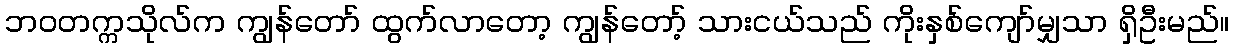
ဘဝတက္ကသိုလ်က ကျွန်တော် ထွက်လာတော့ ကျွန်တော့် သားငယ်သည် ကိုးနှစ်ကျော်မျှသာ ရှိဦးမည်။